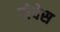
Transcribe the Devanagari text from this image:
लेचेस